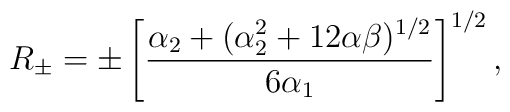
R_{\pm}=\pm \left[ \frac{\alpha_2+(\alpha_2^2+12\alpha\beta)^{1/2}}{6\alpha_1} \right]^{1/2},